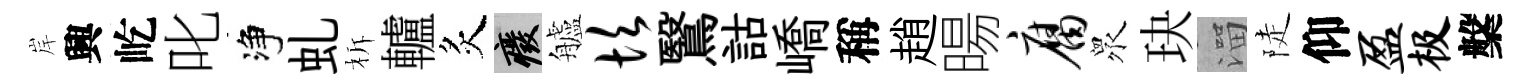
岸興屹叱净虬柝轤炙廢艫坎鷖詁嶠稱趙暘腐衆玦溜陡仰盈极槃